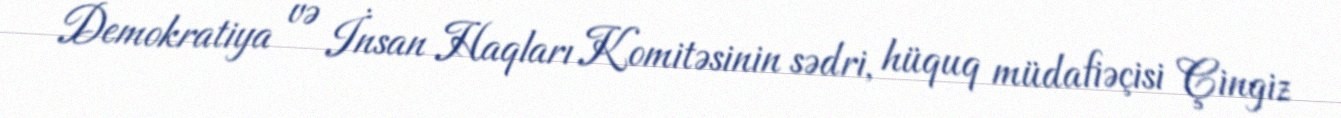
Demokratiya və İnsan Haqları Komitəsinin sədri, hüquq müdafiəçisi Çingiz